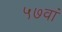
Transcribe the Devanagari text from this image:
५७वां